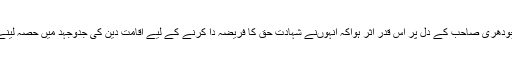
اس خطاب کا چودھری صاحب کے دل پر اس قدر اثر ہواکہ انہوںنے شہادت حق کا فریضہ دا کرنے کے لیے اقامت دین کی جدوجہد میں حصہ لینے کا عزم کرلیا۔